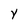
Character: Y